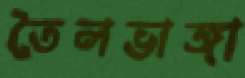
তৈলভাঙ্গা